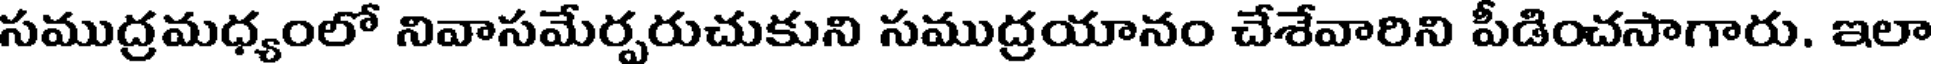
సముద్రమధ్యంలో నివాసమేర్పరుచుకుని సముద్రయానం చేశేవారిని పీడించసాగారు. ఇలా